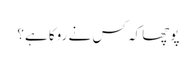
پوچھا کہ کس نے روکا ہے؟